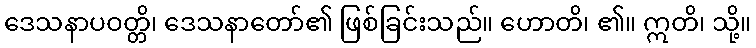
ဒေသနာပဝတ္တိ၊ ဒေသနာတော်၏ ဖြစ်ခြင်းသည်။ ဟောတိ၊ ၏။ ဣတိ၊ သို့။